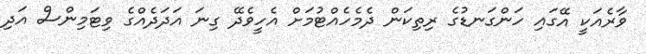
ވާރެއަކީ އޭގައި ހަންގަނޑުގެ ރިތިކަން ދެމެހެއްޓުމަށް އެހީވެދޭ ގިނަ އަދަދެއްގެ ވިޓަމިންސް އަދި